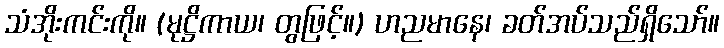
သံအိုးကင်းကို။ (မုဋ္ဌိကာယ၊ တွဖြင့်။) ဟညမာနေ၊ ခတ်အပ်သည်ရှိသော်။